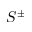
S ^ { \pm }